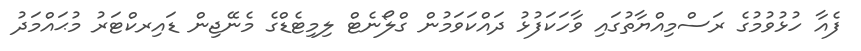
ފެއާ ހުޅުވުމުގެ ރަސްމިއްޔާތުގައި ވާހަކަފުޅު ދައްކަވަމުން ގްލޯނެޓް ލިމިޓެޑްގެ މެނޭޖިން ޑައިރކްޓަރު މުޙައްމަދު